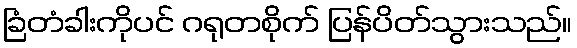
ခြံတံခါးကိုပင် ဂရုတစိုက် ပြန်ပိတ်သွားသည်။